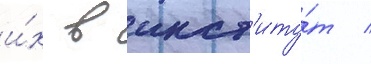
и́х в инст'иту́т /